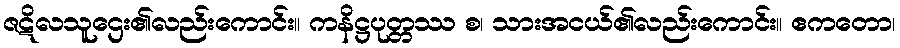
ဇဋိလသူဌေး၏လည်းကောင်း။ ကနိဋ္ဌပုတ္တဿ စ၊ သားအငယ်၏လည်းကောင်း။ ဧကတော၊